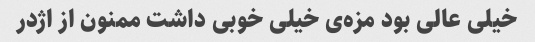
خیلی عالی بود مزه‌ی خیلی خوبی داشت ممنون از اژدر